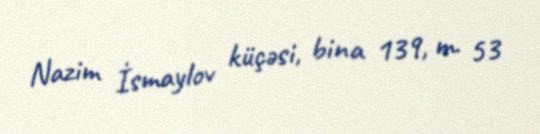
Nazim İsmaylov küçəsi, bina 139, m. 53